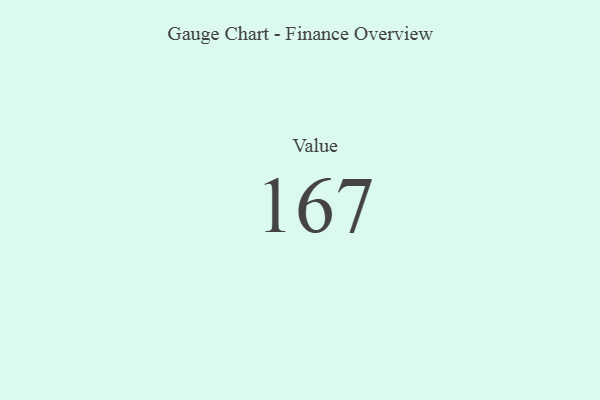
{"axis": {"x": "Metric", "y": "Value"}, "legend": [""], "data": [{"x": "Value", "y": 167, "type": ""}]}